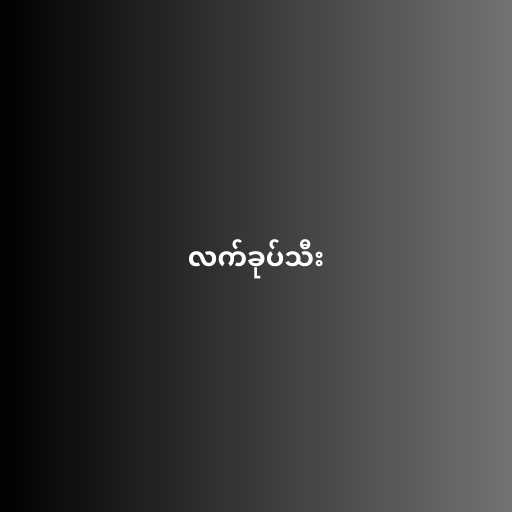
လက်ခုပ်သီး